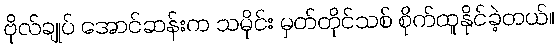
ဗိုလ်ချုပ် အောင်ဆန်းက သမိုင်း မှတ်တိုင်သစ် စိုက်ထူနိုင်ခဲ့တယ်။